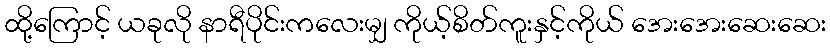
ထို့ကြောင့် ယခုလို နာရီပိုင်းကလေးမျှ ကိုယ့်စိတ်ကူးနှင့်ကိုယ် အေးအေးဆေးဆေး